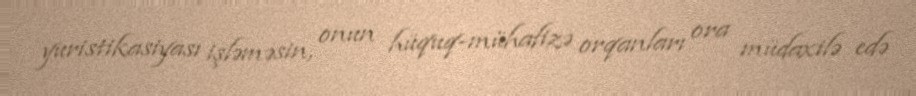
yuristikasiyası işləməsin, onun hüquq-mühafizə orqanları ora müdaxilə edə